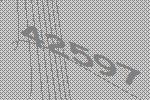
42597